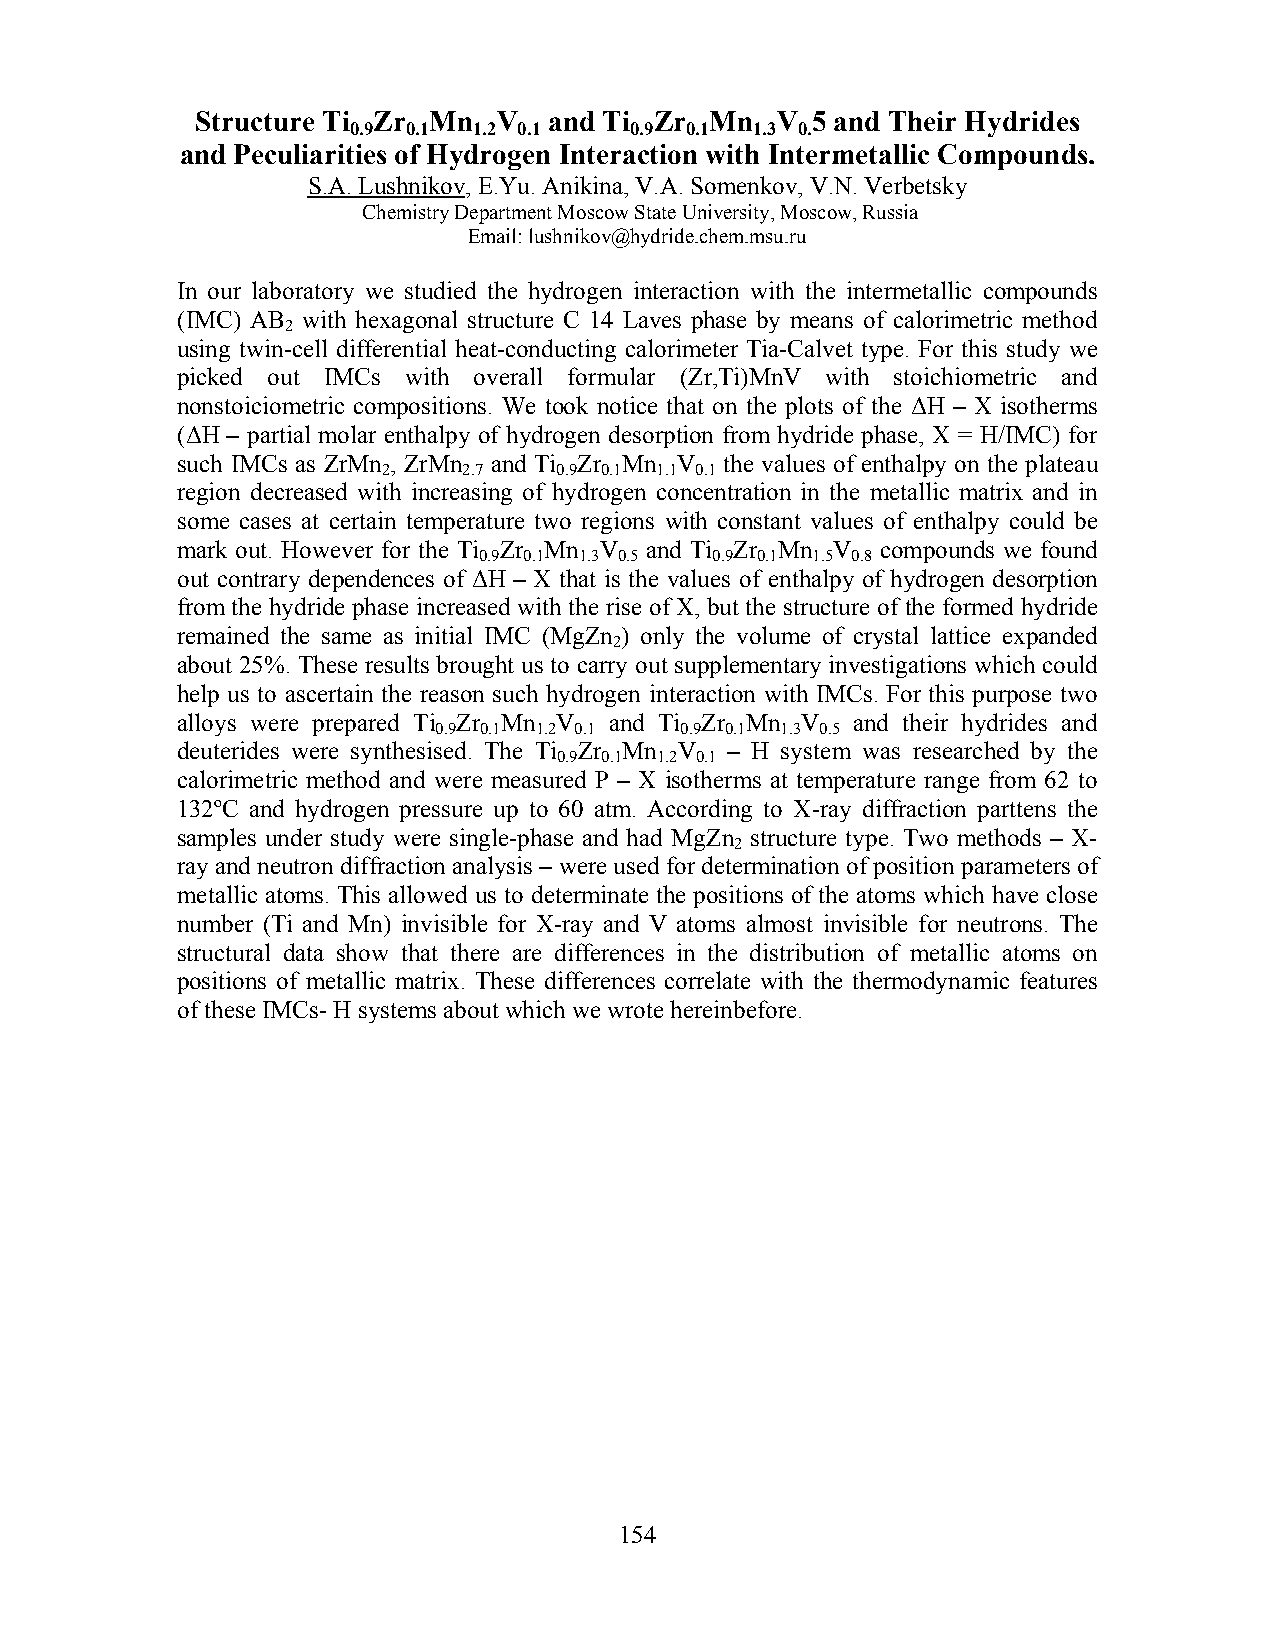
Structure Ti Zr Mn  V  and Ti Zr  Mn  V  5 and Their Hydrides
 0.9 0.1 1.2 0.1    0.9 0.1 1.3 0.
 and Peculiarities of Hydrogen Interaction with Intermetallic Compounds.
 S.A. Lushnikov, E.Yu. Anikina, V.A. Somenkov, V.N. Verbetsky
 Chemistry Department Moscow State University, Moscow, Russia
 Email: lushnikov@hydride.chem.msu.ru
 In our laboratory we studied the hydrogen interaction with the intermetallic compounds
 (IMC) AB with hexagonal structure C 14 Laves phase by means of calorimetric method
 2
 using twin-cell differential heat-conducting calorimeter Tia-Calvet type. For this study we
 picked out IMCs with overall formular (Zr,Ti)MnV with stoichiometric and
 nonstoiciometric compositions. We took notice that on the plots of the ΔH – X isotherms
 (ΔH – partial molar enthalpy of hydrogen desorption from hydride phase, X = H/IMC) for
 such IMCs as ZrMn , ZrMn and Ti Zr Mn V the values of enthalpy on the plateau
 2     2.7   0.9 0.1 1.1 0.1
 region decreased with increasing of hydrogen concentration in the metallic matrix and in
 some cases at certain temperature two regions with constant values of enthalpy could be
 mark out. However for the Ti Zr Mn V and Ti Zr Mn V compounds we found
 0.9 0.1 1.3 0.5 0.9 0.1 1.5 0.8
 out contrary dependences of ΔH – X that is the values of enthalpy of hydrogen desorption
 from the hydride phase increased with the rise of X, but the structure of the formed hydride
 remained the same as initial IMC (MgZn ) only the volume of crystal lattice expanded
 2
 about 25%. These results brought us to carry out supplementary investigations which could
 help us to ascertain the reason such hydrogen interaction with IMCs. For this purpose two
 alloys were prepared Ti Zr Mn V and Ti Zr Mn V and their hydrides and
 0.9 0.1 1.2 0.1 0.9 0.1 1.3 0.5
 deuterides were synthesised. The Ti Zr Mn V – H system was researched by the
 0.9 0.1 1.2 0.1
 calorimetric method and were measured P – X isotherms at temperature range from 62 to
 132ºC and hydrogen pressure up to 60 atm. According to X-ray diffraction parttens the
 samples under study were single-phase and had MgZn structure type. Two methods – X-
 2
 ray and neutron diffraction analysis – were used for determination of position parameters of
 metallic atoms. This allowed us to determinate the positions of the atoms which have close
 number (Ti and Mn) invisible for X-ray and V atoms almost invisible for neutrons. The
 structural data show that there are differences in the distribution of metallic atoms on
 positions of metallic matrix. These differences correlate with the thermodynamic features
 of these IMCs- H systems about which we wrote hereinbefore.
 154